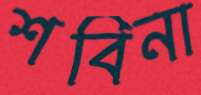
শবিনা